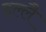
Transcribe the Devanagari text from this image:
इल्लै